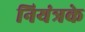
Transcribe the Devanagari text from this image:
नियंत्रके